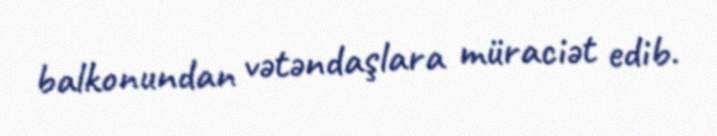
balkonundan vətəndaşlara müraciət edib.